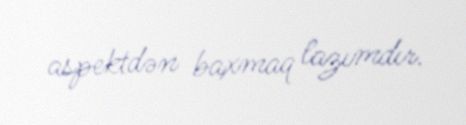
aspektdən baxmaq lazımdır.